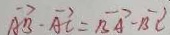
\overrightarrow { A B } - \overrightarrow { A C } = \overrightarrow { B A } - \overrightarrow { B C }